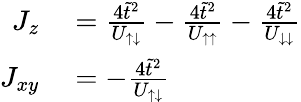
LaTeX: \begin{array}{rl}{J_{z}}&{{}=\frac{4\tilde{t}^{2}}{U_{\uparrow\downarrow}}-\frac{4\tilde{t}^{2}}{U_{\uparrow\uparrow}}-\frac{4\tilde{t}^{2}}{U_{\downarrow\downarrow}}}\\ {J_{xy}}&{{}=-\frac{4\tilde{t}^{2}}{U_{\uparrow\downarrow}}}\end{array}